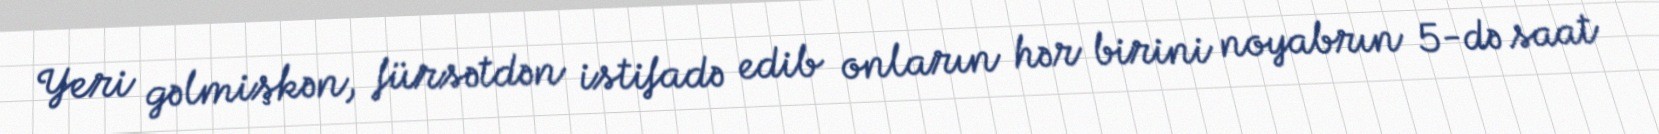
Yeri gəlmişkən, fürsətdən istifadə edib onların hər birini noyabrın 5-də saat